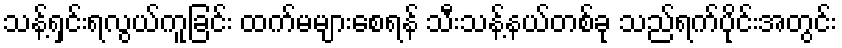
သန့်ရှင်းရလွယ်ကူခြင်း ထက်မများစေရန် သီးသန့်နယ်တစ်ခု သည်ရက်ပိုင်းအတွင်း